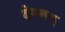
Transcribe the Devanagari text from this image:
दोय्च्लन्द्